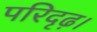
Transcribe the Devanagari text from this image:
परिदृढ़।